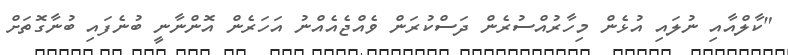
"ކާލްއާއި ނުލައި އުޅެން މިހާރުއްސުރެން ދަސްކުރަން ވެއްޖެއެއްނު އަހަރެން އޮންނާނީ ބުނެފައި ބުނާގޮތަށް